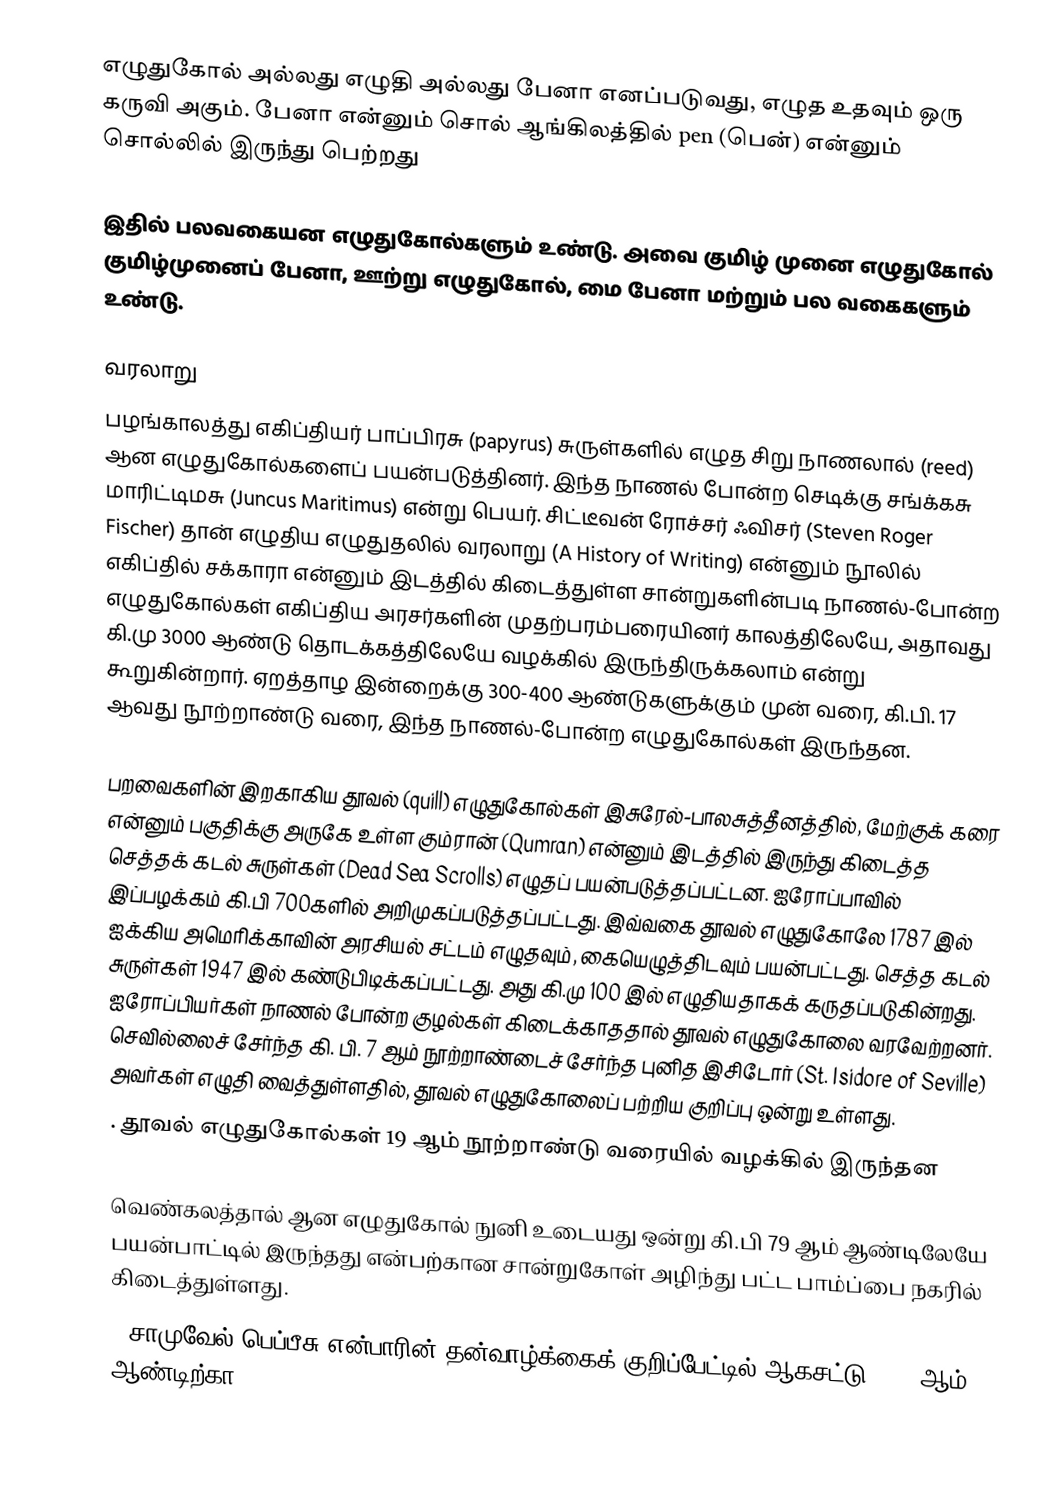
எழுதுகோல் அல்லது எழுதி  அல்லது பேனா எனப்படுவது, எழுத உதவும் ஒரு கருவி அகும். பேனா என்னும் சொல் ஆங்கிலத்தில் pen (பென்) என்னும் சொல்லில் இருந்து பெற்றது

இதில் பலவகையன எழுதுகோல்களும் உண்டு. அவை குமிழ் முனை எழுதுகோல் குமிழ்முனைப் பேனா, ஊற்று எழுதுகோல், மை பேனா மற்றும் பல வகைகளும் உண்டு.

வரலாறு
பழங்காலத்து எகிப்தியர் பாப்பிரசு (papyrus) சுருள்களில் எழுத சிறு நாணலால் (reed) ஆன எழுதுகோல்களைப் பயன்படுத்தினர். இந்த நாணல் போன்ற செடிக்கு சங்க்கசு மாரிட்டிமசு (Juncus Maritimus) என்று பெயர். சிட்டீவன் ரோச்சர் ஃவிசர் (Steven Roger Fischer) தான் எழுதிய எழுதுதலில் வரலாறு (A History of Writing) என்னும் நூலில் எகிப்தில் சக்காரா என்னும் இடத்தில் கிடைத்துள்ள சான்றுகளின்படி நாணல்-போன்ற எழுதுகோல்கள் எகிப்திய அரசர்களின் முதற்பரம்பரையினர் காலத்திலேயே, அதாவது கி.மு 3000 ஆண்டு தொடக்கத்திலேயே வழக்கில் இருந்திருக்கலாம் என்று கூறுகின்றார். ஏறத்தாழ இன்றைக்கு 300-400 ஆண்டுகளுக்கும் முன் வரை, கி.பி. 17 ஆவது நூற்றாண்டு வரை, இந்த நாணல்-போன்ற எழுதுகோல்கள் இருந்தன.

பறவைகளின் இறகாகிய தூவல் (quill) எழுதுகோல்கள் இசுரேல்-பாலசுத்தீனத்தில், மேற்குக் கரை என்னும் பகுதிக்கு அருகே உள்ள கும்ரான் (Qumran) என்னும் இடத்தில் இருந்து கிடைத்த செத்தக் கடல் சுருள்கள் (Dead Sea Scrolls) எழுதப் பயன்படுத்தப்பட்டன. ஐரோப்பாவில் இப்பழக்கம் கி.பி 700களில் அறிமுகப்படுத்தப்பட்டது. இவ்வகை தூவல் எழுதுகோலே 1787 இல் ஐக்கிய அமெரிக்காவின் அரசியல் சட்டம் எழுதவும், கையெழுத்திடவும் பயன்பட்டது. செத்த கடல் சுருள்கள் 1947 இல் கண்டுபிடிக்கப்பட்டது. அது கி.மு 100 இல் எழுதியதாகக் கருதப்படுகின்றது. ஐரோப்பியர்கள் நாணல் போன்ற குழல்கள் கிடைக்காததால் தூவல் எழுதுகோலை வரவேற்றனர். செவில்லைச் சேர்ந்த கி. பி. 7 ஆம் நூற்றாண்டைச் சேர்ந்த புனித இசிடோர் (St. Isidore of Seville) அவர்கள் எழுதி வைத்துள்ளதில், தூவல் எழுதுகோலைப் பற்றிய குறிப்பு ஒன்று உள்ளது.
. தூவல் எழுதுகோல்கள் 19 ஆம் நூற்றாண்டு வரையில் வழக்கில் இருந்தன

வெண்கலத்தால் ஆன எழுதுகோல் நுனி உடையது ஒன்று கி.பி 79 ஆம் ஆண்டிலேயே பயன்பாட்டில் இருந்தது என்பற்கான சான்றுகோள் அழிந்து பட்ட பாம்ப்பை நகரில் கிடைத்துள்ளது.
. சாமுவேல் பெப்பீசு என்பாரின் தன்வாழ்க்கைக் குறிப்பேட்டில் ஆகசட்டு 1663 ஆம் ஆண்டிற்கா